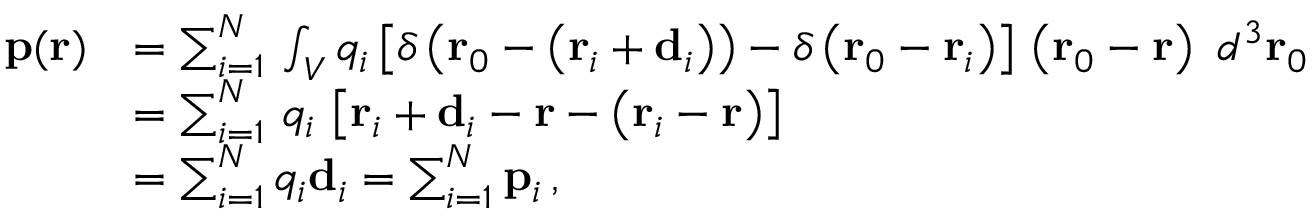
{ \begin{array} { r l } { \mathbf { p } ( \mathbf { r } ) } & { = \sum _ { i = 1 } ^ { N } \, \int _ { V } q _ { i } \left[ \delta \left( \mathbf { r } _ { 0 } - \left( \mathbf { r } _ { i } + \mathbf { d } _ { i } \right) \right) - \delta \left( \mathbf { r } _ { 0 } - \mathbf { r } _ { i } \right) \right] \, \left( \mathbf { r } _ { 0 } - \mathbf { r } \right) \ d ^ { 3 } \mathbf { r } _ { 0 } } \\ & { = \sum _ { i = 1 } ^ { N } \, q _ { i } \, \left[ \mathbf { r } _ { i } + \mathbf { d } _ { i } - \mathbf { r } - \left( \mathbf { r } _ { i } - \mathbf { r } \right) \right] } \\ & { = \sum _ { i = 1 } ^ { N } q _ { i } \mathbf { d } _ { i } = \sum _ { i = 1 } ^ { N } \mathbf { p } _ { i } \, , } \end{array} }